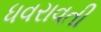
ધવરાવતી